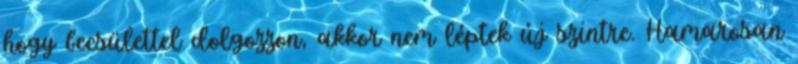
hogy becsülettel dolgozzon, akkor nem léptek új szintre. Hamarosan